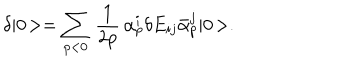
\delta | 0 \! > = \sum _ { p < 0 } \, \frac { 1 } { 2 p } \, \alpha _ { p } ^ { i } \delta E _ { i j } \bar { \alpha } _ { p } ^ { j } | 0 \! > .